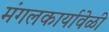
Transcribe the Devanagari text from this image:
मंगलकार्यावेळी